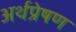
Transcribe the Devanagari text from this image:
अर्थप्रेषण